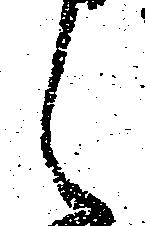
々